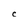
Character: c